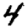
Digit: 4